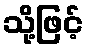
သို့ဖြင့်